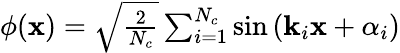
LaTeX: \begin{array}{r}{\phi(\mathbf{x})=\sqrt{\frac{2}{N_{c}}}\sum_{i=1}^{N_{c}}\sin\left(\mathbf{k}_{i}\mathbf{x}+\alpha_{i}\right)}\end{array}